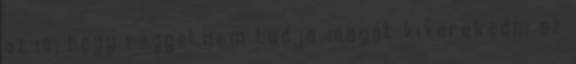
az is, hogy reggel nem tudja magát kiverekedni az